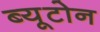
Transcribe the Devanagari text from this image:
ब्यूटोन